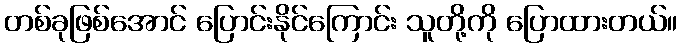
တစ်ခုဖြစ်အောင် ပြောင်းနိုင်ကြောင်း သူတို့ကို ပြောထားတယ်။